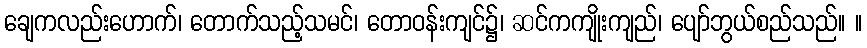
ချေကလည်းဟောက်၊ တောက်သည့်သမင်၊ တောဝန်းကျင်၌၊ ဆင်ကကျိုးကျည်၊ ပျော်ဘွယ်စည်သည်။ ။